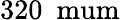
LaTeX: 320~\mathrm{\ mum}